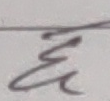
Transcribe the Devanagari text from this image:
छि